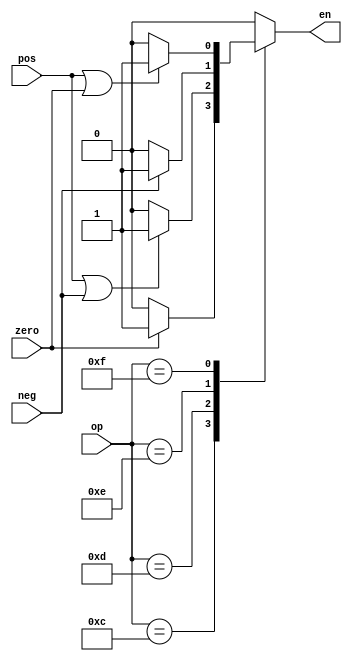
module branch_sel (op, zero, pos, neg, en);

  input [4:0] op;
  input zero, pos, neg;
  output reg en;

  always @(*) begin
    case (op)
///////////////////////////////////////////////////////////
// 		  	BEQZ		      		 // 
/////////////////////////////////////////////////////////// 
      5'b01100: en = (zero) ? 1'b1 : 1'b0;


///////////////////////////////////////////////////////////
// 		  	BNEZ		      		 // 
/////////////////////////////////////////////////////////// 
      5'b01101: en = (pos | neg) ? 1'b1 : 1'b0;


///////////////////////////////////////////////////////////
// 		  	BLTZ		      		 // 
/////////////////////////////////////////////////////////// 
      5'b01110: en = (neg) ? 1'b1 : 1'b0;


///////////////////////////////////////////////////////////
// 		  	BGEZ		      		 // 
/////////////////////////////////////////////////////////// 
      5'b01111: en = (pos | zero) ? 1'b1 : 1'b0;
      
      default: en = 1'b0;
    endcase

  end

endmodule